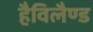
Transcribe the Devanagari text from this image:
हैविलैण्ड